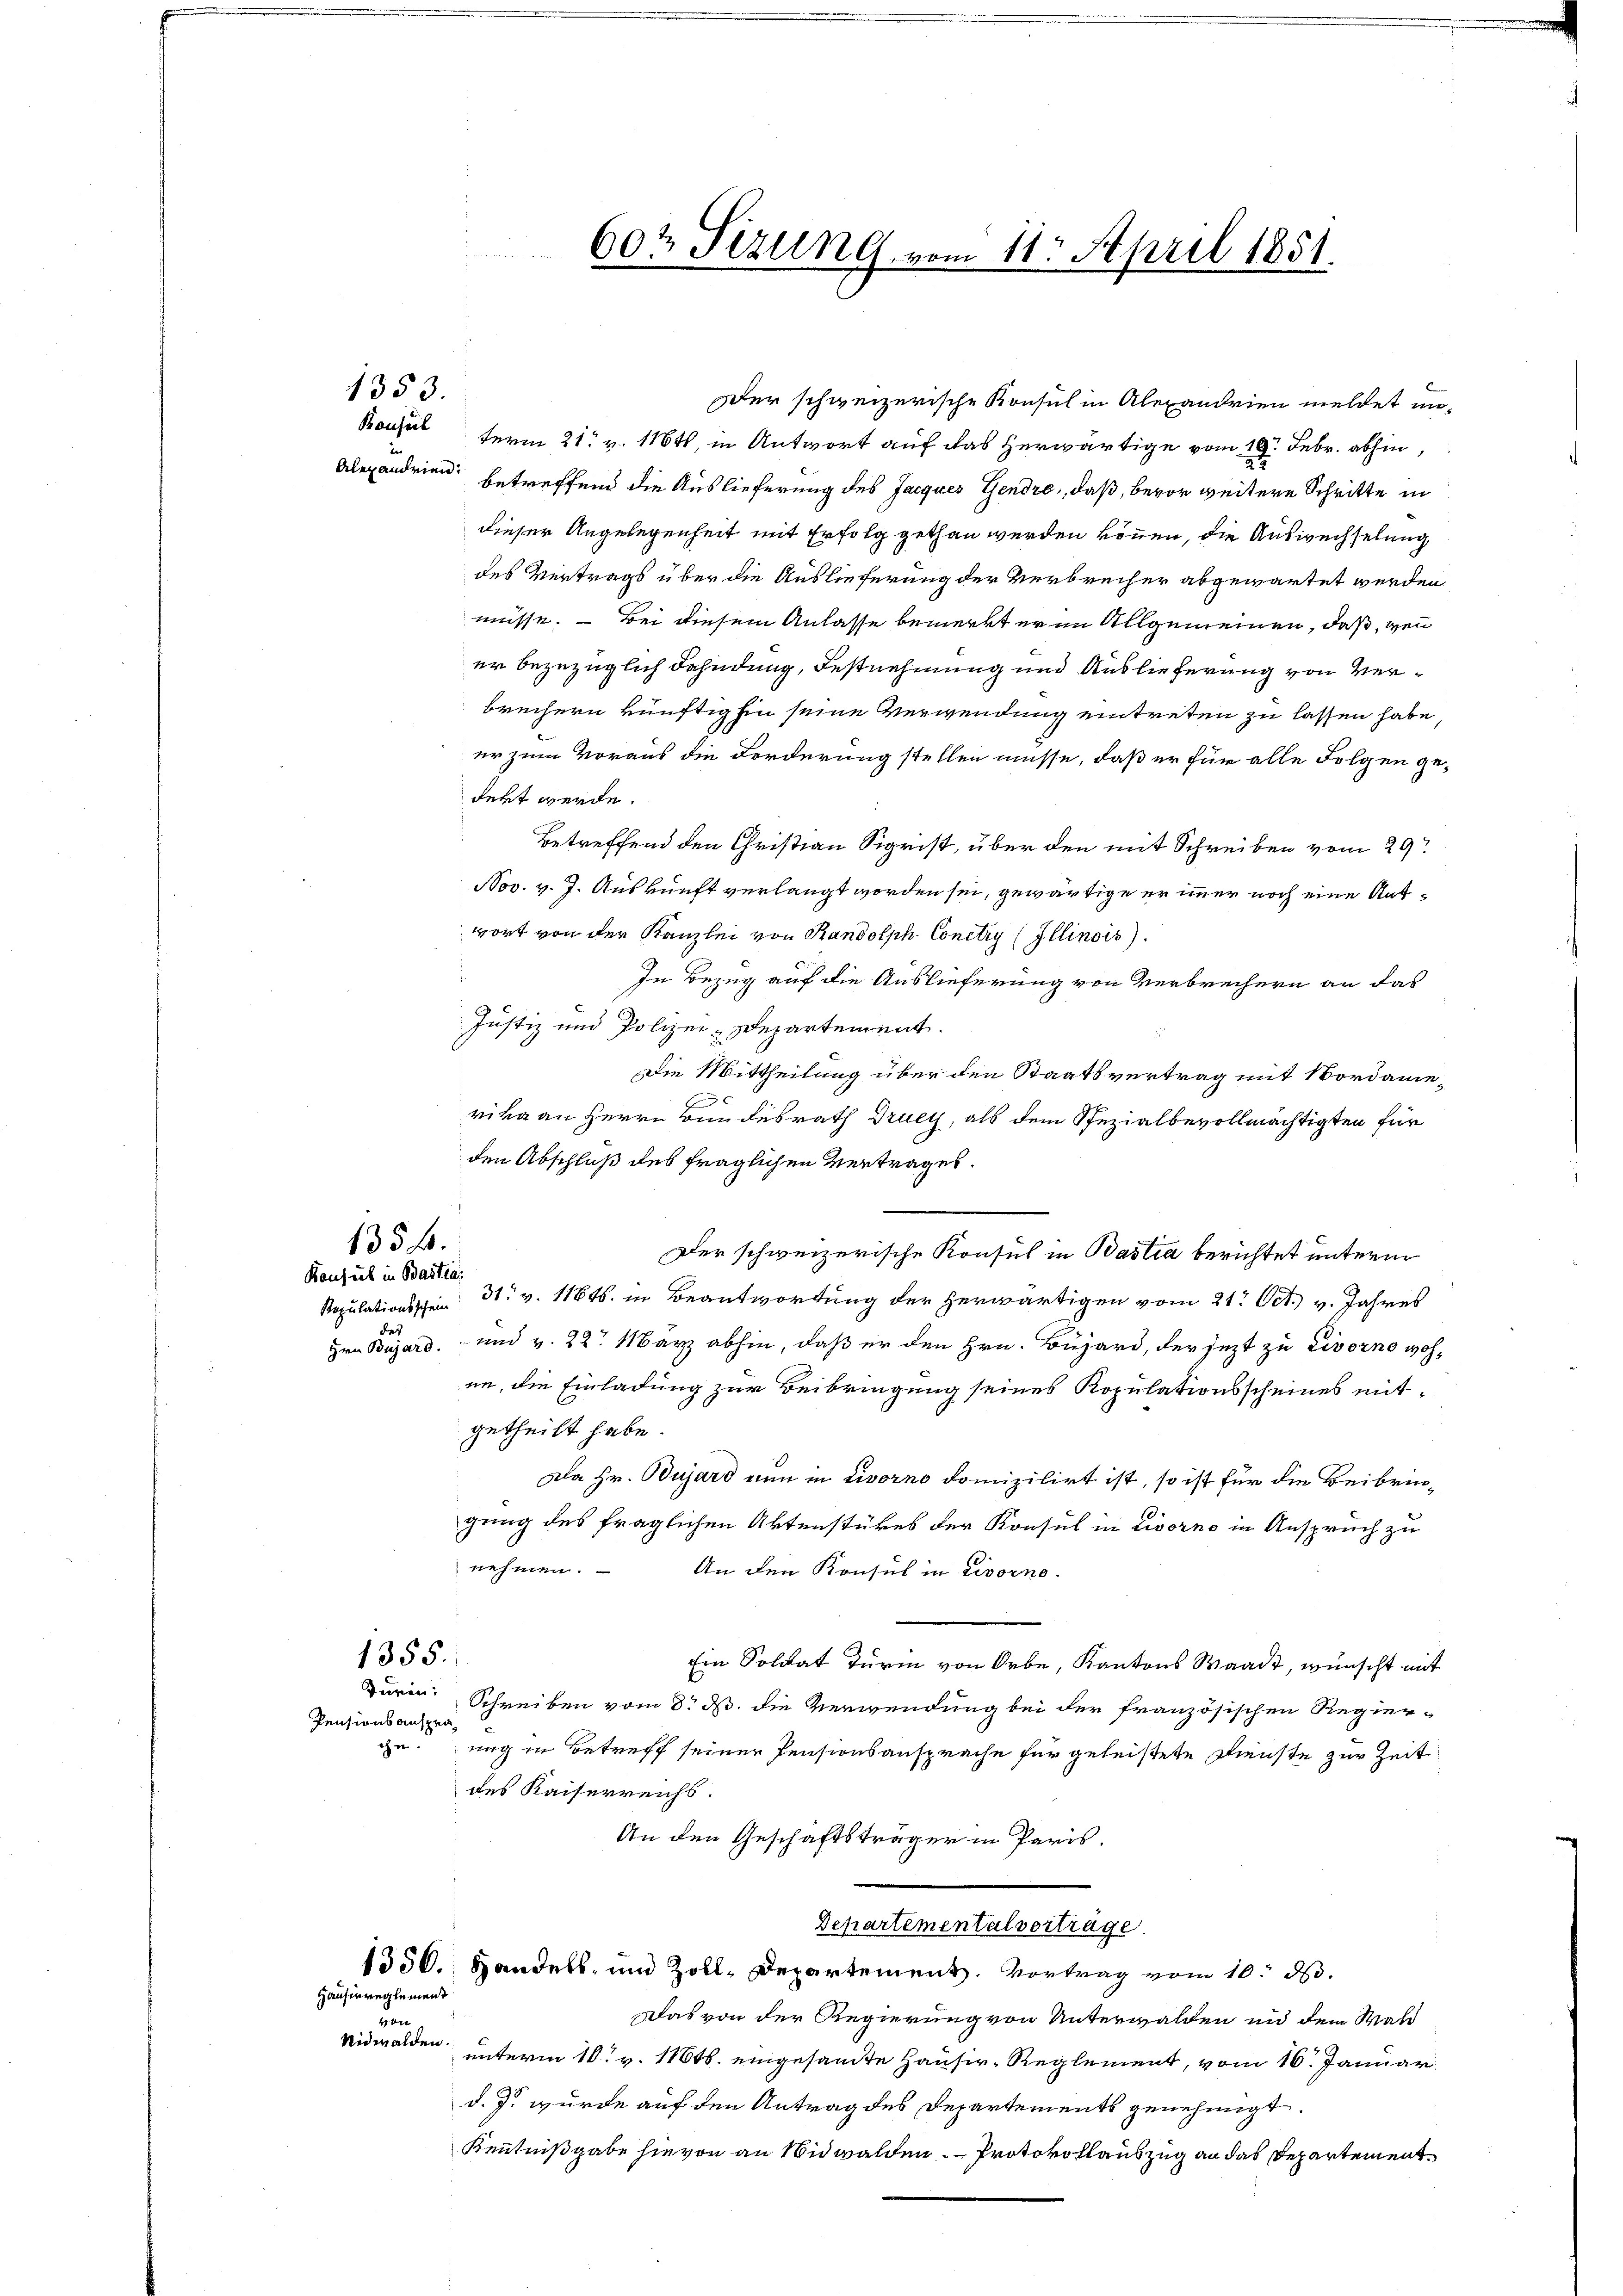
1353.

in
Alexandrien.

135 f.
Konseit in Bastia:

er bezuzüglich dahndung, Festnehmung und Auslieferung von Verbrechern künftighin seine Verwendung eintreten zu lassen habe,
er zum Voraus die Forderung stellen müsse, daß er für alle Folgen gedert werde.
Betreffend den Christian Sigrist, über den mit Schreiben vom 29t
Nov. v. J. Auskunft verlangt worden sei, gewärtige er immer noch eine Antwort von der Kanzlei von Randolph Conclr (Illinois).
In Bezug auf die Auslieferung von Verbrechern an das
Justiz und Polizei-Departement.
Die Mittheilung über den Staatsvertrag mit Nordameb
rika an Herrn Bundesrath Druey, als dem Spezialbevollmächtigten für
den Abschluß des fraglichen Vertrages.

Der schweizerische Konsul in Bastia berichtet unterm
Ropulationsschen 31. v. 11646. in Beantwortung der herwärtigen vom 21. Oct. v. Jahres
des
Hrn Bujard, und v. 22. März abhin, daß er den Hrn. Bujard, der jezt zu Livorno wohen, die Einladung zur Beibringung seines Kopulationsscheines mitgetheilt habe.
Da Hr. Bujard nun in Livorno domizilirt ist, so ist für die Beibringung des fraglichen Aktenstükes der Konsul in Livorno in Anspruch zu
nehmen.
An den Konsul in Livorno.
1355.
Ein Soldat Turm von Orbe, Kantons Waadt, wünscht mit
duren: Schreiben vom 8. ds. die Verwendung bei der französischen Regier-
Pensionsanspracheung in Betreff seiner Pensionsansprache für geleistete Dienste zur Zeit
des Kaiserreichs.
An den Geschäftsträger in Paris.
Departemental vorträge.
1356. Handels- und Zoll-Departement. Vortrag vom 10. ds.
Hausirreglement
Das von der Regierung von Unterwalden und dem Wald

Nidwalden.
unterm 10. v. 116. eingesamte Hausir-Reglement, vom 16. Januar
d.J. wurde auf den Antrag des Departements genehmigt.
Kenntnißgabe hievon an Nidwalden. — Protokollauszug an das Departement

602 Sizung, vom 11. April 1851.

Der schweizerische Konsul in Alexandrien meldet un-
Konsul term 21. v. 1161, in Antwort auf das herwärtige vom 19. Febr. abhin,
betreffend die Auslieferung des Jacques Gendro, daß, bevor weitere Schritte in
dieser Angelegenheit mit Erfolg gethan werden können, die Auswechselung
des Vertrags über die Auslieferung der Verbrecher abgewartet werden
müsse. — Bei diesem Anlasse bemerkt er in Allgemeinen, daß, wenn